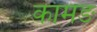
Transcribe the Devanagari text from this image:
कामङ